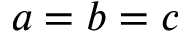
a = b = c